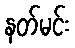
နတ်မင်း